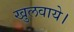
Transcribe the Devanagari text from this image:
खुलवाये।